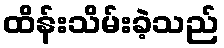
ထိန်းသိမ်းခဲ့သည်